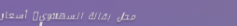
محل بقالة السهلاوي: أسعار